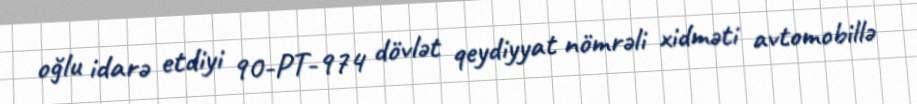
oğlu idarə etdiyi 90-PT-974 dövlət qeydiyyat nömrəli xidməti avtomobillə